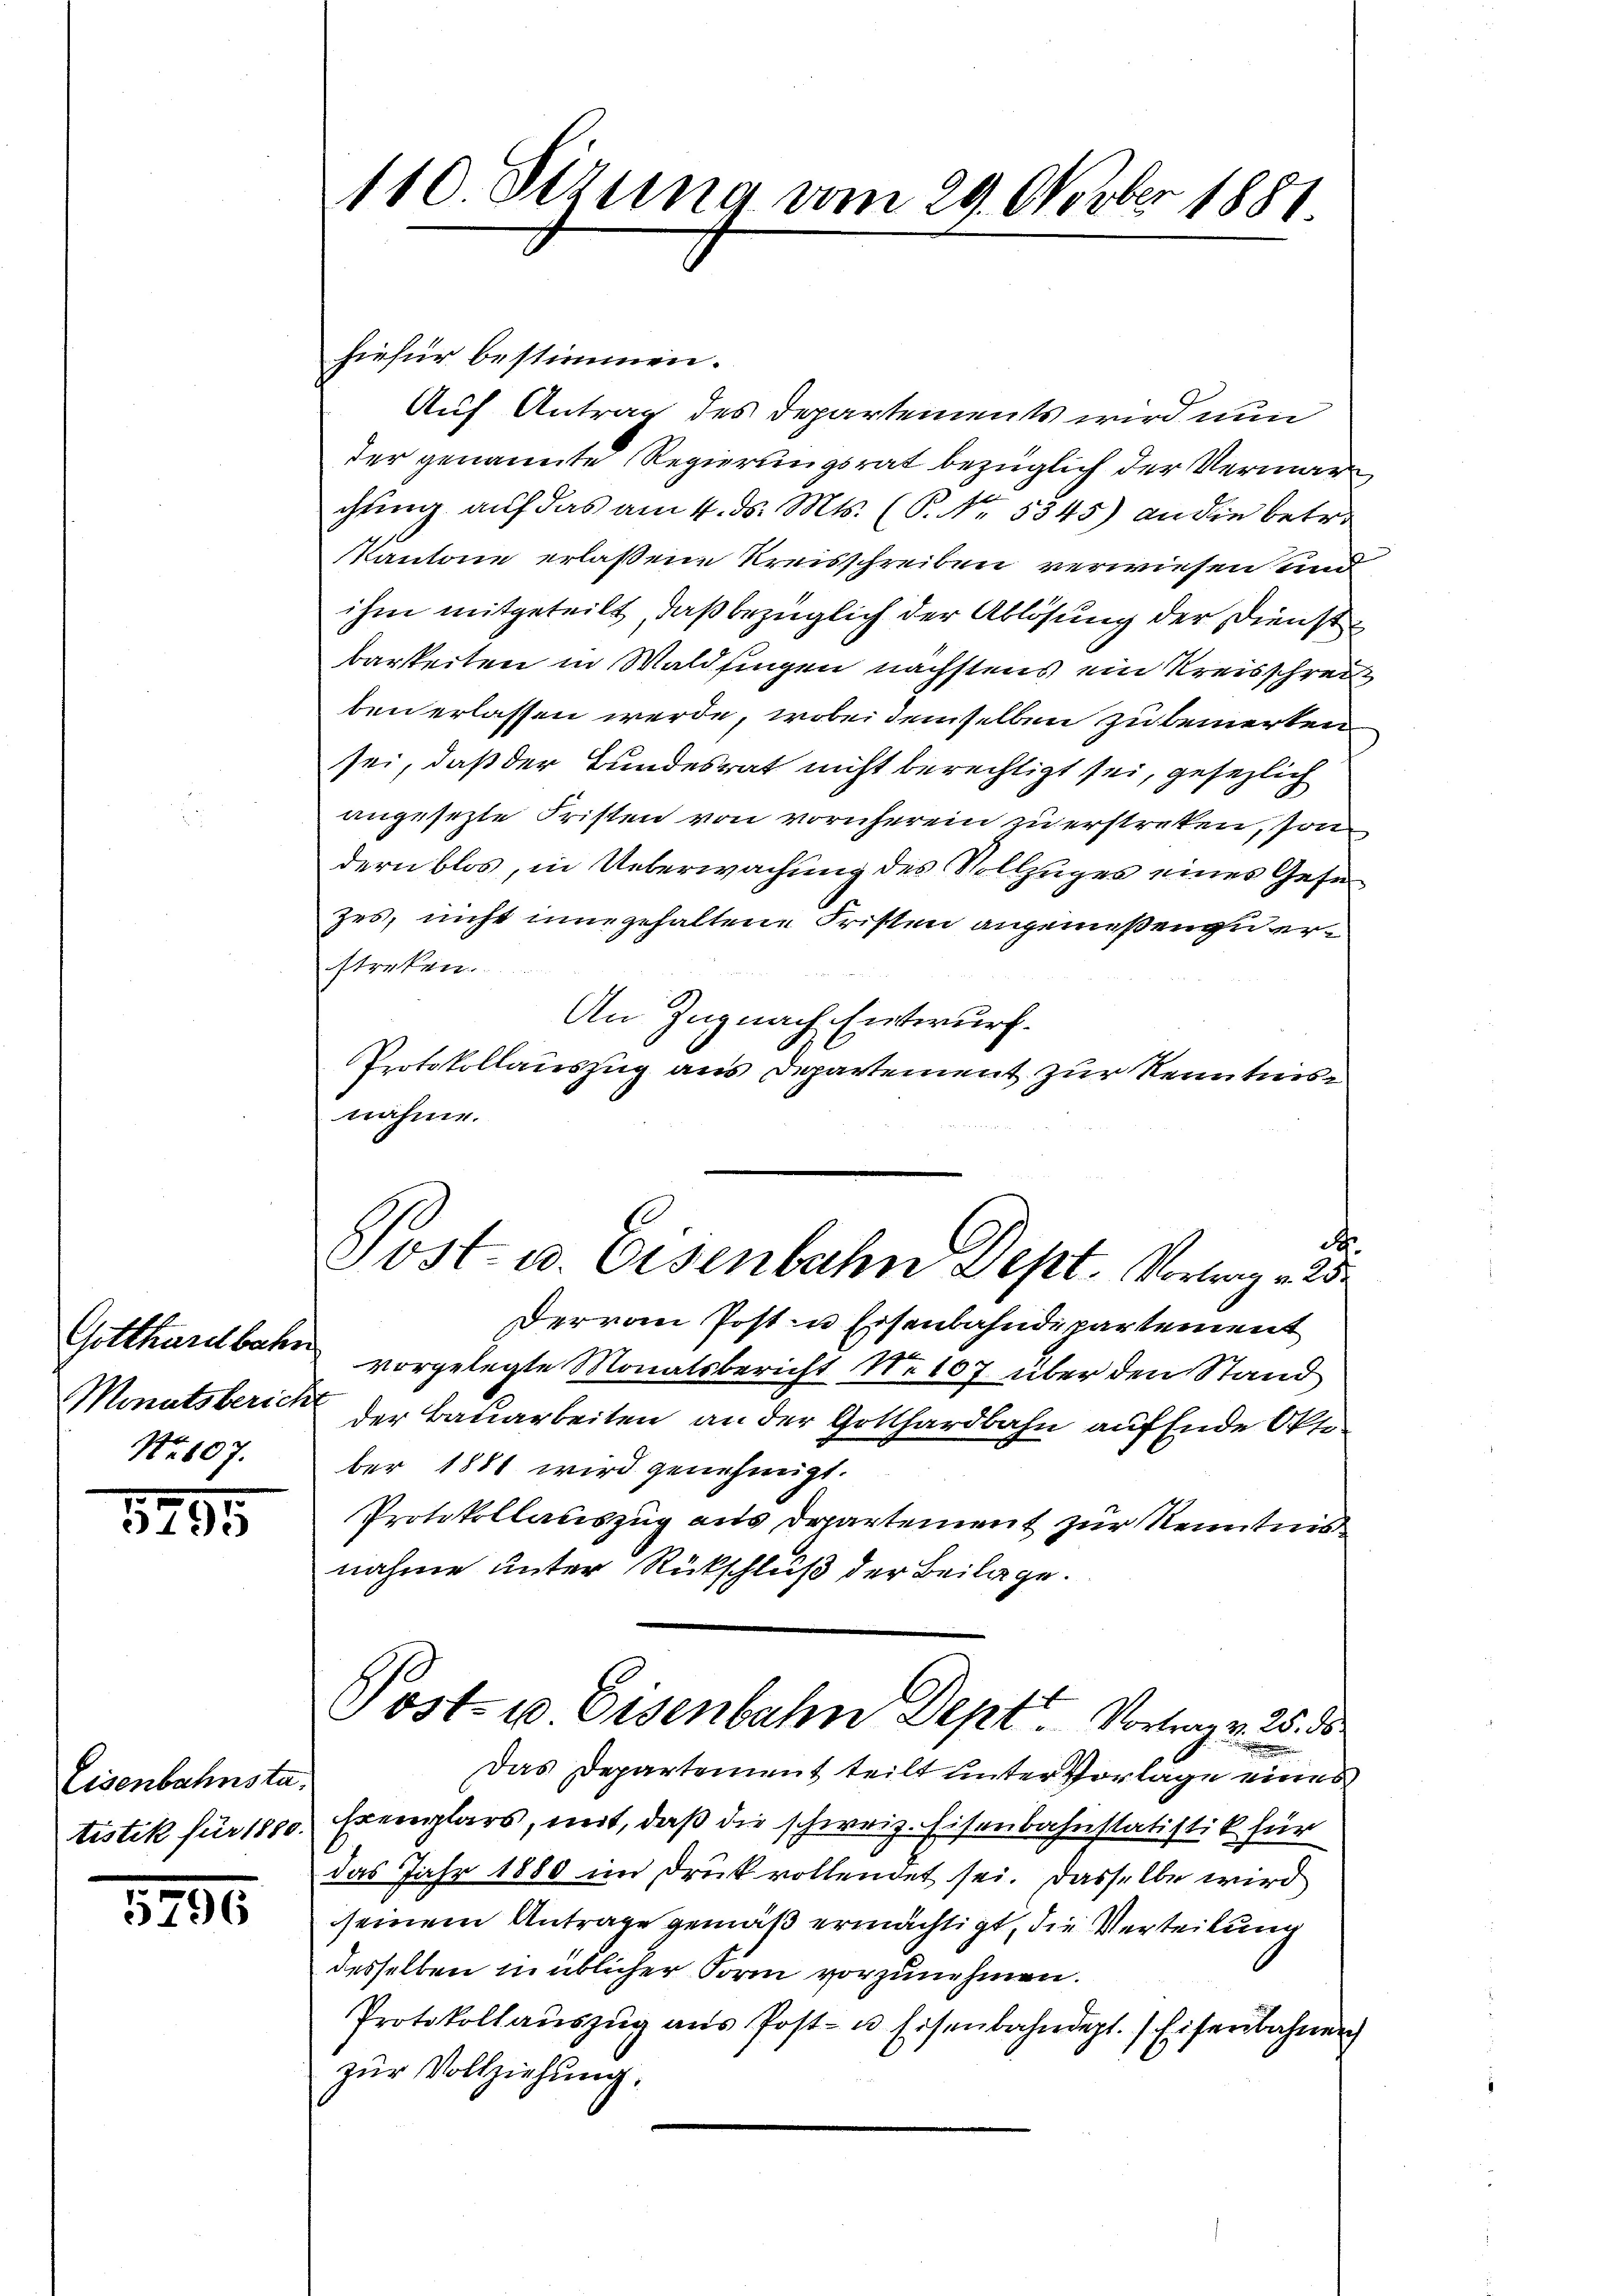
Gotthardbahn
Minutsberich
Nr. 607.

5795

Eisenbahnsta
tistik für 1880.

5796

110 Sizung vom 29. Oktober 1881

Jost- u. Eisenbahn Lept. Vortrag v. 25.

hiefür bestimmen.
Auf Antrag des Departements wird nun
der genannte Regierungsrat bezüglich der Vermarchung auf das am 4. ds. Mts. (P. Nr. 5345) an die betre
Kantone erlaßene Kreisschreiben verwiesen und
ihm mitgeteilt, daß bezüglich der Ablösung der Dienst
barkeiten in Waldfingen nächstens ein Kreisschrei
ben erlassen werde, wobei demselben zu bemerken
sei, daß der Bundesrat nicht berechtigt sei, gesezlich
angesezte Fristen von vornherein zu erstreken, son
dern blos, in Ueberwachung des Vollzuges eines Gesezes, nicht eine gehaltene Fristen angemeßen zu erstreken.
An Zug nach Entwurf.
Protokollauszug aus Departement zur Kenntnis
nähme.
.
dervon Post- u Eisenbahndepartement
vorgelegte Monatsbericht No 107 über den Stand
der Bauarbeiten an der Gotthardbahn auf Ende Oktober 1881 wird genehmigt.
Protokollauszug aus Departement zur Kenntnis
nahme unter Rückschluß der Beilage.
Post- u Eisenbahn Deptt Vortrag. 25. d
Das Departement teilt unter Vorlage eines
Exemplars, mit, daß die schweiz. Eisenbahnstatistik für
das Jahr 1880 im Druk vollendet sei. Dasselbe wird
seinem Antrage gemäß ermächtigt, die Verteilung
desselben in üblicher Form vorzunehmen.
Protokollaŭszŭg ans Post- u. Eisenbahndept. Eisenbahnen
zur Vollziehung.